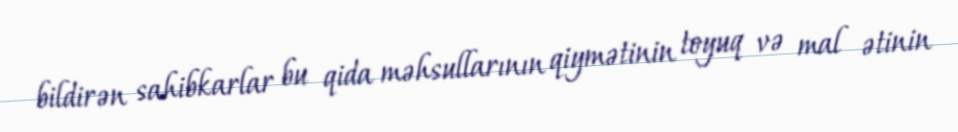
bildirən sahibkarlar bu qida məhsullarının qiymətinin toyuq və mal ətinin